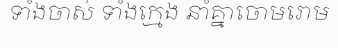
ទាំងចាស់ ទាំងក្មេង នាំគ្នាចោមរោម